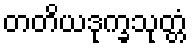
တတိယဒုက္ခသုတ္တံ